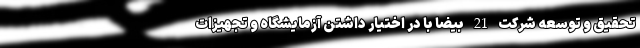
تحقیق و توسعه شرکت 21 بیضا با در اختیار داشتن آزمایشگاه و تجهیزات